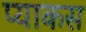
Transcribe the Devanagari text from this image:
प्याकस